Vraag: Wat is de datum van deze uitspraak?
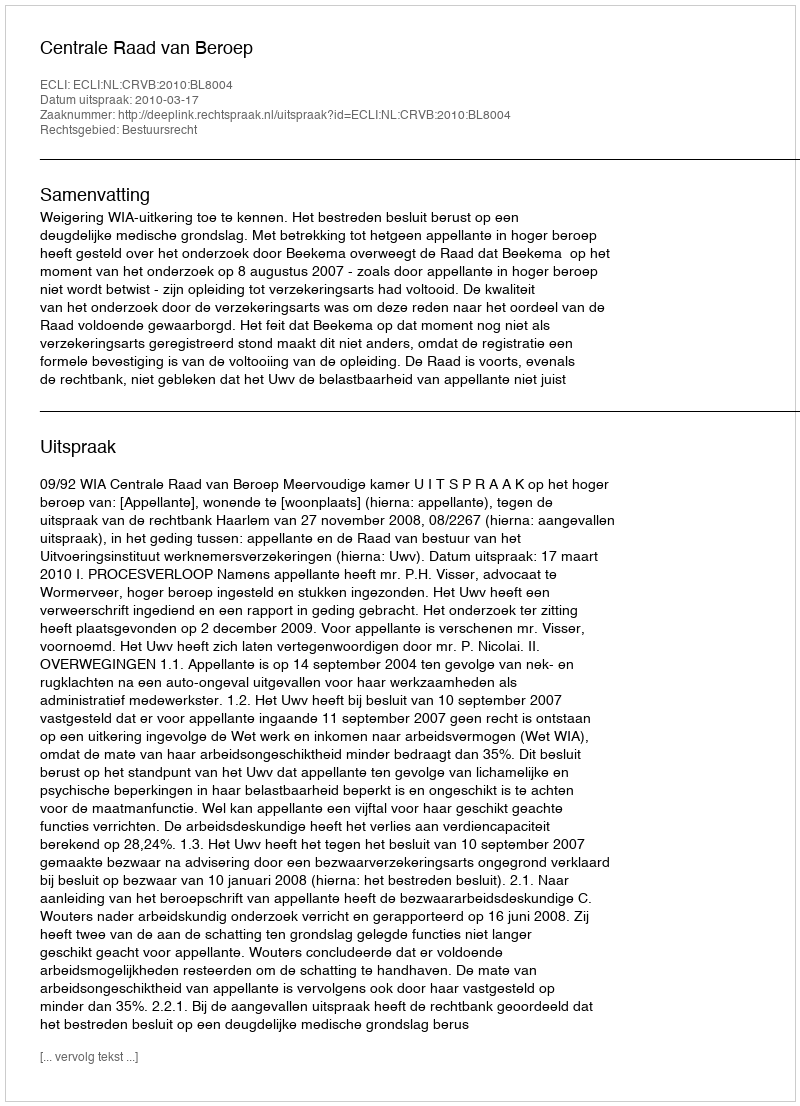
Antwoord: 2010-03-17